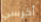
أخرسي